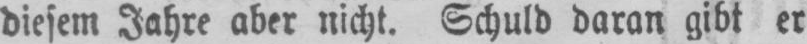
diesem Jahre aber nicht. Schuld daran gibt er